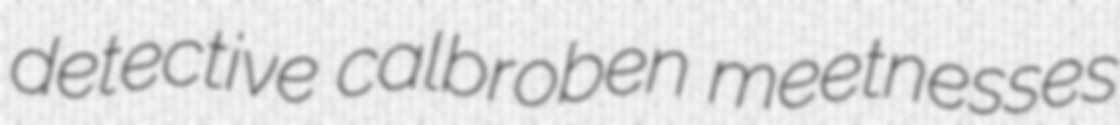
detective calbroben meetnesses